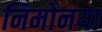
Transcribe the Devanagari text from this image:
निमोनया